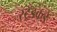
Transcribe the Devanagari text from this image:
स्ट्रँडकडे